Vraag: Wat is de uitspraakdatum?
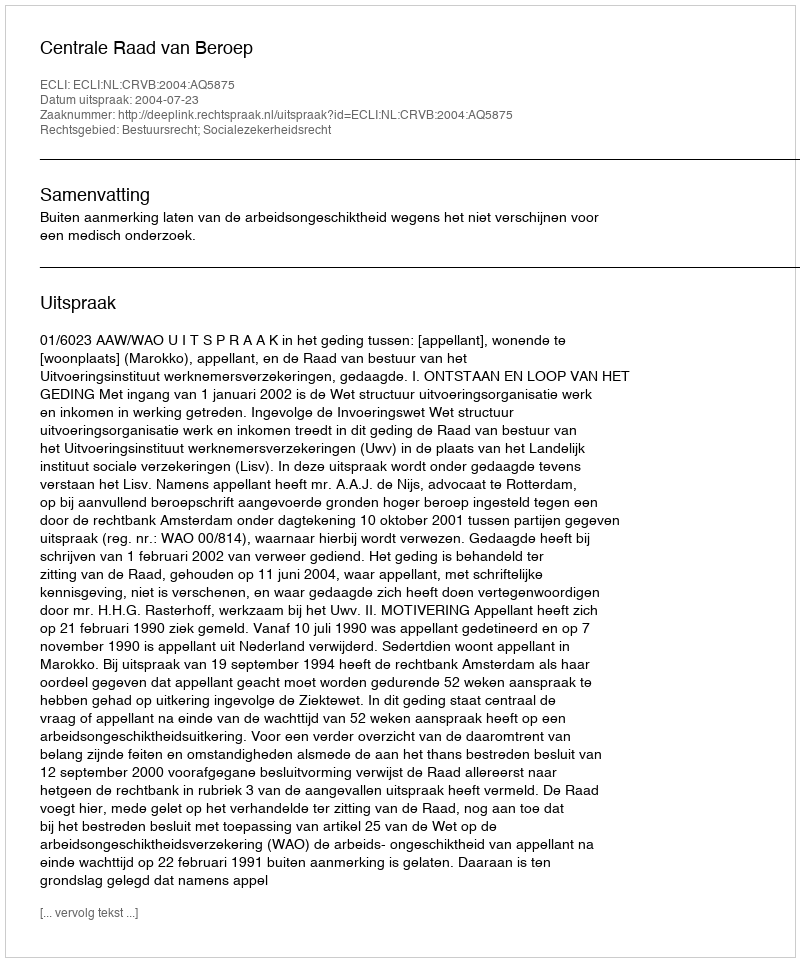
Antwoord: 2004-07-23